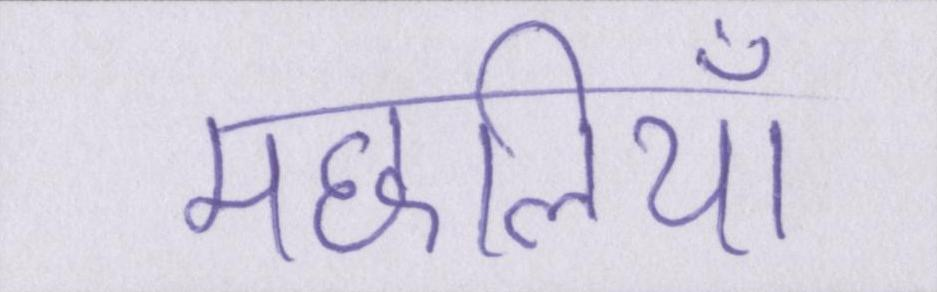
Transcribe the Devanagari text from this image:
मछलियाँ